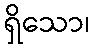
ရှိသော၊